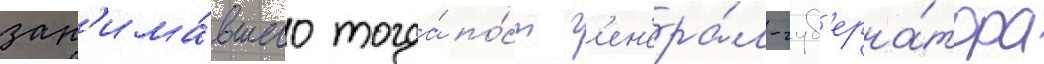
зан'има́вшего тогда́ по́ст г'ен'ера́л-губ'ерна́тора